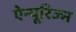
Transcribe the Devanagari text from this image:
ऐन्यूरिज्म